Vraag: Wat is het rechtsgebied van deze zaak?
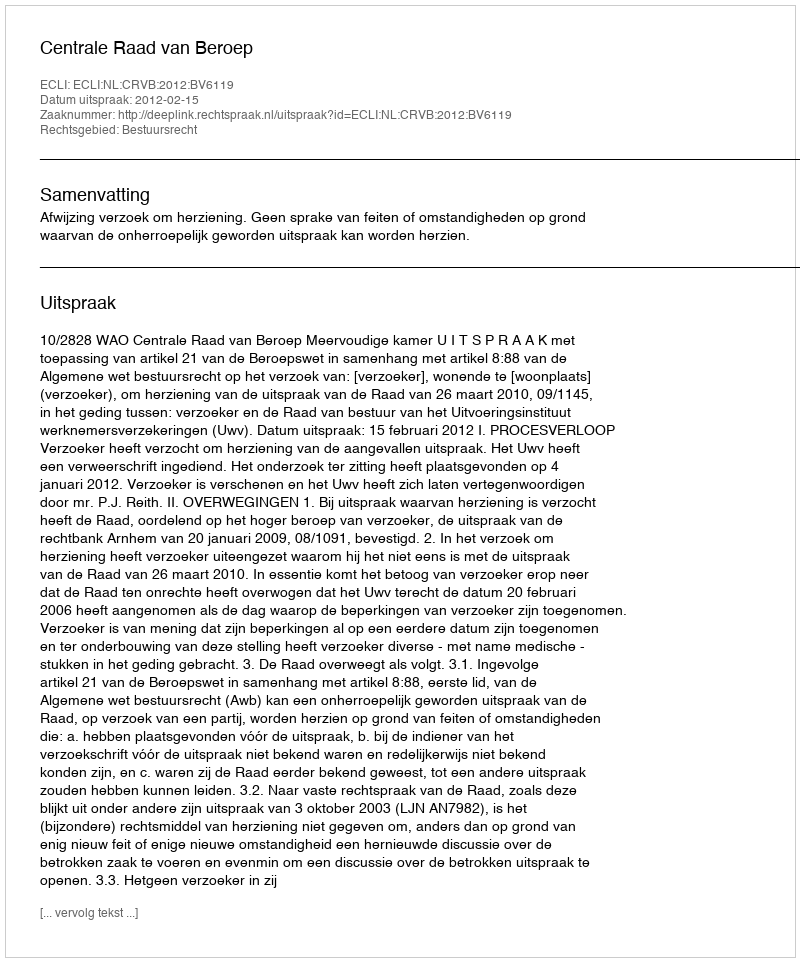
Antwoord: Bestuursrecht